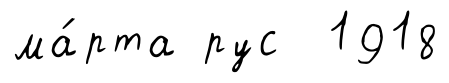
ма́рта рус 1918